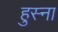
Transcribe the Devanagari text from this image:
हुस्ना